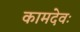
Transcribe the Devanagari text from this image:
कामदेवः